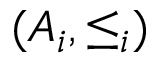
( A _ { i } , \leq _ { i } )